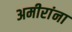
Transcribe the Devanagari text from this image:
अमीरांना